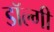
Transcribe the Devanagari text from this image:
डॉल्गी